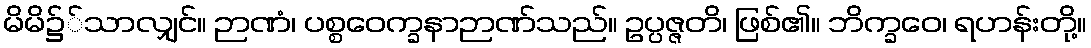
မိမိ၌်သာလျှင်။ ဉာဏံ၊ ပစ္စဝေက္ခနာဉာဏ်သည်။ ဥပ္ပဇ္ဇတိ၊ ဖြစ်၏။ ဘိက္ခဝေ၊ ရဟန်းတို့။